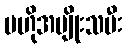
ဗဟိုအမျိုးသမီး